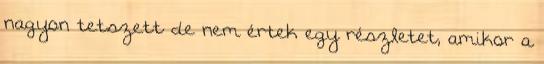
nagyon tetszett de nem értek egy részletet, amikor a